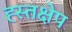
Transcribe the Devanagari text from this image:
ह्स्तक्षेप